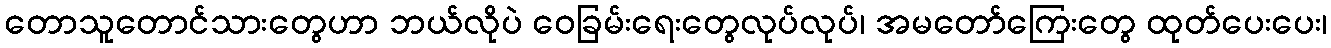
တောသူတောင်သားတွေဟာ ဘယ်လိုပဲ ဝေခြမ်းရေးတွေလုပ်လုပ်၊ အမတော်ကြေးတွေ ထုတ်ပေးပေး၊